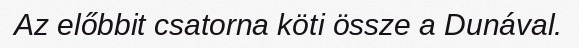
Az előbbit csatorna köti össze a Dunával.